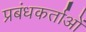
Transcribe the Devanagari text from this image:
प्रबंधकर्ताओं